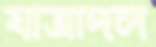
যাত্রাদল